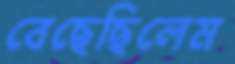
বেছেছিলেম